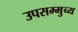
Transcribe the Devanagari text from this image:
उपसम्मुच्य